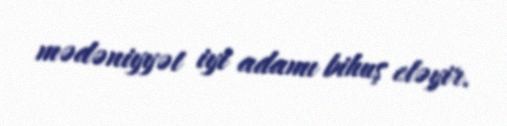
mədəniyyət iyi adamı bihuş eləyir.